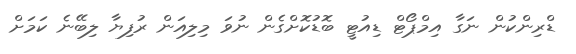
ޑްރިންކުން ނަގާ އިމްޕޯޓް ޑިއުޓީ ބޮޑުކޮށްގެން ނުވަ މިލިއަން ރުފިޔާ ލިބޭނެ ކަމަށް